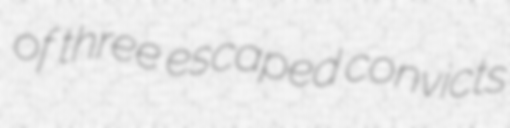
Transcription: of three escaped convicts